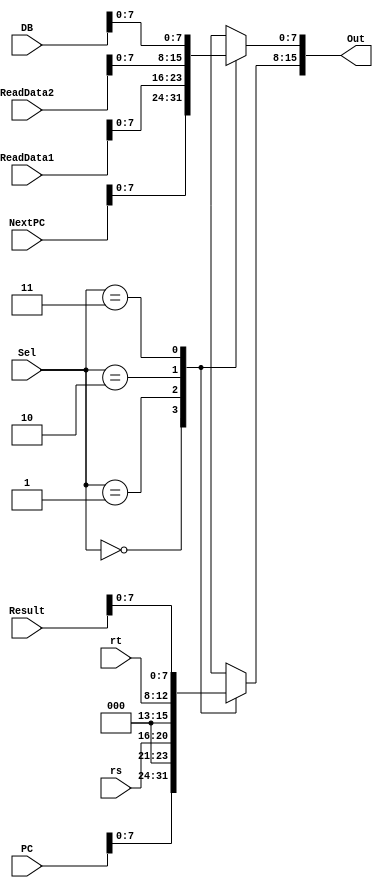
`timescale 1ns / 1ps
//////////////////////////////////////////////////////////////////////////////////
// Company: 
// Engineer: 
// 
// Design Name: 
// Module Name: Show
// Project Name: 
// Target Devices: 
// Tool Versions: 
// Description: 
// 
// Dependencies: 
// 
// Revision:
// Revision 0.01 - File Created
// Additional Comments:
// 
//////////////////////////////////////////////////////////////////////////////////


module Show( Sel, PC, NextPC ,rs, ReadData1, rt, ReadData2, Result, DB, Out);
    input [1:0] Sel;
    input [4:0] rs, rt;
    input [31:0]  PC, NextPC, ReadData1, ReadData2, Result, DB;
    output reg [15:0] Out;
    
    always @ (*) begin
        case(Sel)
            0: begin
                Out[15:8] = PC[7:0];
                Out[7:0] = NextPC[7:0];
            end
            1: begin
                Out[15:8] = {3'b000,rs[4:0]};
                Out[7:0] = ReadData1[7:0];
            end
            2: begin
                Out[15:8] = {3'b000,rt[4:0]};
                Out[7:0] = ReadData2[7:0];
            end
            3: begin
                Out[15:8] = Result[7:0];
                Out[7:0] = DB[7:0];
            end
        endcase
    end
endmodule